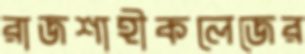
রাজশাহীকলেজের